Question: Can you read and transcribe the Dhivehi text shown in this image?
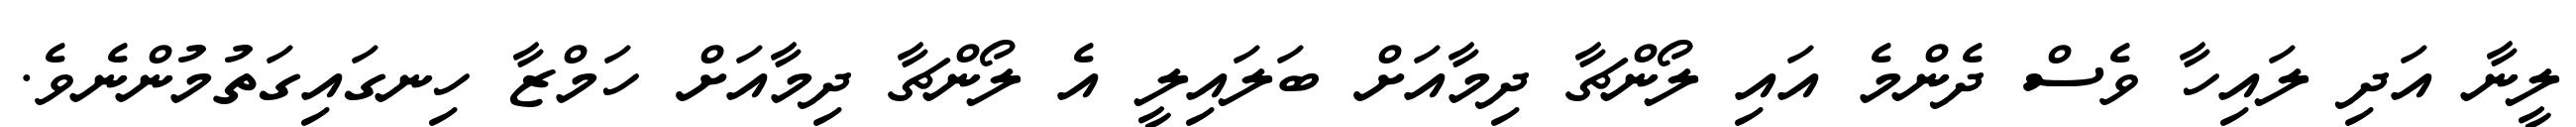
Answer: ލީނާ އަދި ލައިހާ ވެސް ދެންމެ އައި ލޯންޗާ ދިމާއަށް ބަލައިލީ އެ ލޯންޗާ ދިމާއަށް ހަމްޒާ ހިނގައިގަތުމުންނެވެ.